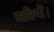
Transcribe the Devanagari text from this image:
प्राप्तियों।